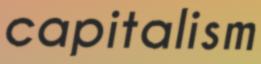
capitalism